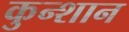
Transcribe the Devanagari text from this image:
कुन्शान